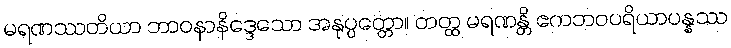
မရဏဿတိယာ ဘာဝနာနိဒ္ဒေသော အနုပ္ပတ္တော။ တတ္ထ မရဏန္တိ ဧကဘဝပရိယာပန္နဿ